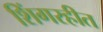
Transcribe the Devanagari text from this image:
शिंगरहीत